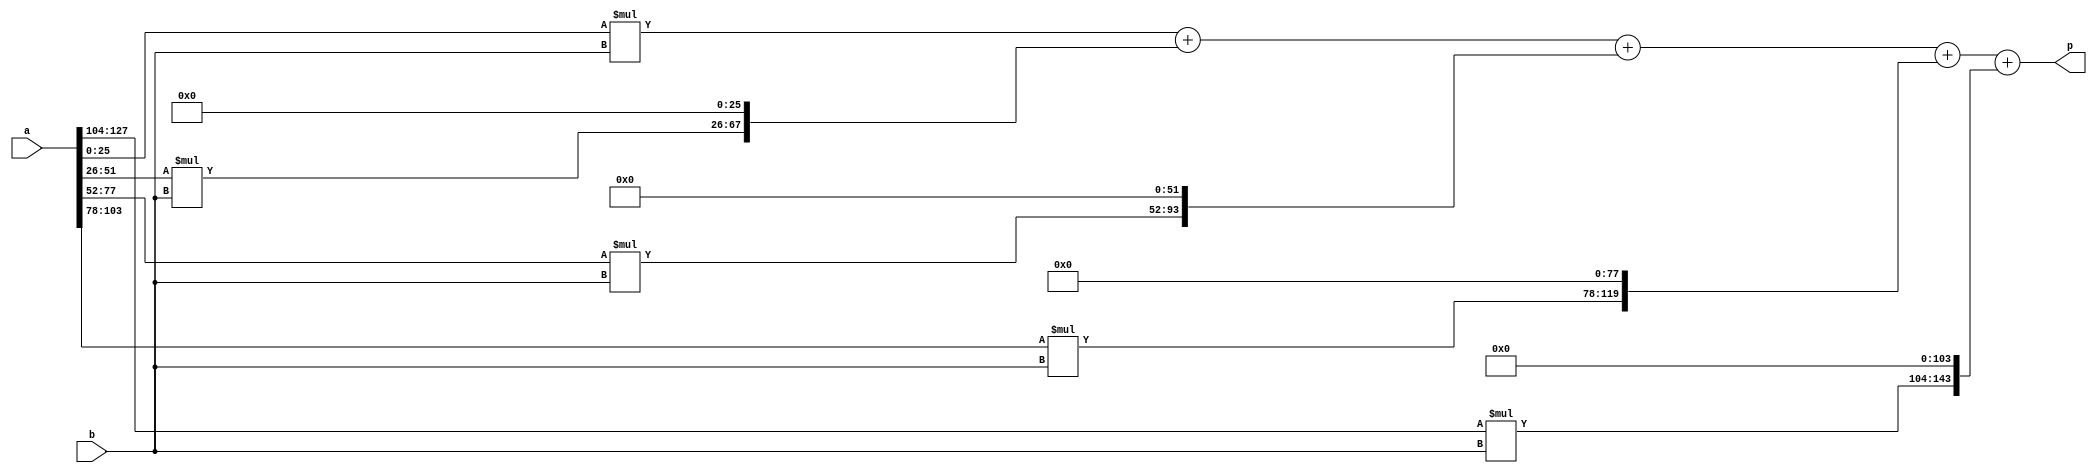
//module mult_partial #(parameter WIDTH_A=128, parameter WIDTH_B=16, parameter WIDTH_DSP=26, parameter DSP_NUM=5) //one cycle delay ver
//    (input                        clk,
//     input  [WIDTH_A-1        :0] a,
//     input  [WIDTH_B-1        :0] b,
//     output [WIDTH_A+WIDTH_B-1:0] p
//    );
//    
////    localparam WIDTH_DSP=26;//width of DSP port a
////    localparam DSP_NUM  =5 ;//$ceil(WIDTH_A/WIDTH_DSP)
//    wire [WIDTH_DSP-1:0] a_part [DSP_NUM-1:0];
//    wire [WIDTH_DSP+WIDTH_B+1:0] p_part [DSP_NUM-1:0];//27+16bit
//    wire [WIDTH_A+WIDTH_B-1:0] p_patr_shift [DSP_NUM-1:0];
//    wire [DSP_NUM-1:0] carryout;
//    reg  [WIDTH_A+WIDTH_B-1:0] p_patr_shift_reg [DSP_NUM-1:0];
//
//    genvar i;
//    generate for (i=0;i<DSP_NUM-1;i=i+1) 
//        begin:a_dev
//            assign a_part[i]=a[i*WIDTH_DSP+:WIDTH_DSP]; 
//        end 
//    endgenerate
//    assign a_part[DSP_NUM-1] = {{WIDTH_DSP-(WIDTH_A-1-(DSP_NUM-1)*WIDTH_DSP+1){1'b0}},a[WIDTH_A-1:(DSP_NUM-1)*WIDTH_DSP]};
//
//    genvar j;
//    generate for (j=0;j<=DSP_NUM-1;j=j+1) 
////        begin: dsp
////            DSP_mult_26x16 dsp_mult_U0 (.A({1'b0,a_part[j]}), .B({1'b0,b}), .CARRYOUT(carryout[j]), .P(p_part[j])); //27bitx17bit,msb always be 0
////            assign p_patr_shift[j] = { {(WIDTH_A-j*WIDTH_DSP-WIDTH_DSP+WIDTH_B-1){1'b0}} , 1'b0 , p_part[j][0+:42] , {(j*WIDTH_DSP){1'b0}} };
////            always @(posedge clk) begin p_patr_shift_reg[j] <= p_patr_shift[j]; end
////        end
//        begin: mult_27x17
////            DSP_mult_26x16 dsp_mult_U0 (.A({1'b0,a_part[j]}), .B({1'b0,b}), .CARRYOUT(carryout[j]), .P(p_part[j])); //27bitx17bit,msb always be 0
//            assign p_part[j] = {1'b0,a_part[j]} * {1'b0,b}; //27bitx17bit,msb always be 0
//            assign p_patr_shift[j] = { {(WIDTH_A-j*WIDTH_DSP-WIDTH_DSP+WIDTH_B-1){1'b0}} , 1'b0 , p_part[j][0+:42] , {(j*WIDTH_DSP){1'b0}} };
//            always @(posedge clk) begin p_patr_shift_reg[j] <= p_patr_shift[j]; end
//        end
//    endgenerate
//    
//    assign p = p_patr_shift_reg[0] + p_patr_shift_reg[1] + p_patr_shift_reg[2] + p_patr_shift_reg[3] + p_patr_shift_reg[4];
//endmodule

module mult_partial #(parameter WIDTH_A=128, parameter WIDTH_B=16, parameter WIDTH_DSP=26, parameter DSP_NUM=5) //no delay ver
    (
     input  [WIDTH_A-1        :0] a,
     input  [WIDTH_B-1        :0] b,
     output [WIDTH_A+WIDTH_B-1:0] p
    );

    wire [WIDTH_DSP-1:0] a_part [DSP_NUM-1:0];
    wire [WIDTH_DSP+WIDTH_B+1:0] p_part [DSP_NUM-1:0];//27+16bit
    wire [WIDTH_A+WIDTH_B-1:0] p_patr_shift [DSP_NUM-1:0];
    wire [DSP_NUM-1:0] carryout;
    wire [WIDTH_A+WIDTH_B-1:0] p_patr_shift_reg [DSP_NUM-1:0];

    genvar i;
    generate for (i=0;i<DSP_NUM-1;i=i+1) 
        begin:a_dev
            assign a_part[i]=a[i*WIDTH_DSP+:WIDTH_DSP]; 
        end 
    endgenerate
    assign a_part[DSP_NUM-1] = {{WIDTH_DSP-(WIDTH_A-1-(DSP_NUM-1)*WIDTH_DSP+1){1'b0}},a[WIDTH_A-1:(DSP_NUM-1)*WIDTH_DSP]};

    genvar j;
    generate for (j=0;j<=DSP_NUM-1;j=j+1)
        begin: mult_27x17
            assign p_part[j] = {1'b0,a_part[j]} * {1'b0,b}; //27bitx17bit,msb always be 0
            assign p_patr_shift[j] = { {(WIDTH_A-j*WIDTH_DSP-WIDTH_DSP+WIDTH_B-1){1'b0}} , 1'b0 , p_part[j][0+:42] , {(j*WIDTH_DSP){1'b0}} };
            assign p_patr_shift_reg[j] = p_patr_shift[j];
        end
    endgenerate

    assign p = p_patr_shift_reg[0] + p_patr_shift_reg[1] + p_patr_shift_reg[2] + p_patr_shift_reg[3] + p_patr_shift_reg[4];
endmodule